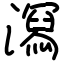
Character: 㵼